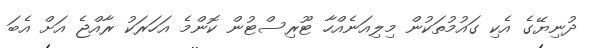
ދުނިޔޭގެ އެކި ގައުމުތަކުން މިލިއަނެއްހާ ޓޫރިސްޓުން ކޮންމެ އަހަރަކު ރާއްޖެ އަށް އެބަ